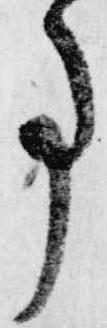
事